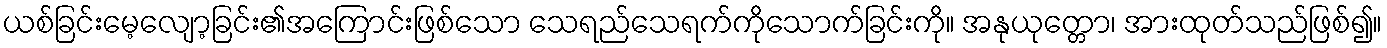
ယစ်ခြင်းမေ့လျော့ခြင်း၏အကြောင်းဖြစ်သော သေရည်သေရက်ကိုသောက်ခြင်းကို။ အနုယုတ္တော၊ အားထုတ်သည်ဖြစ်၍။